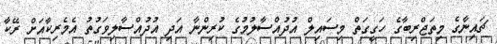
ޗައިނާގެ މިތަޖްރިބާގެ ހަގީގަތް މިސައިލް އުދުއްސާލުމުގެ ކުރިންނާ އަދި އުދުއްސާލިވަގުތު އެމެރިކާއަށް ރޭކާ